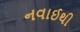
નવાઈથી